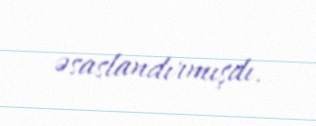
əsaslandırmışdı.